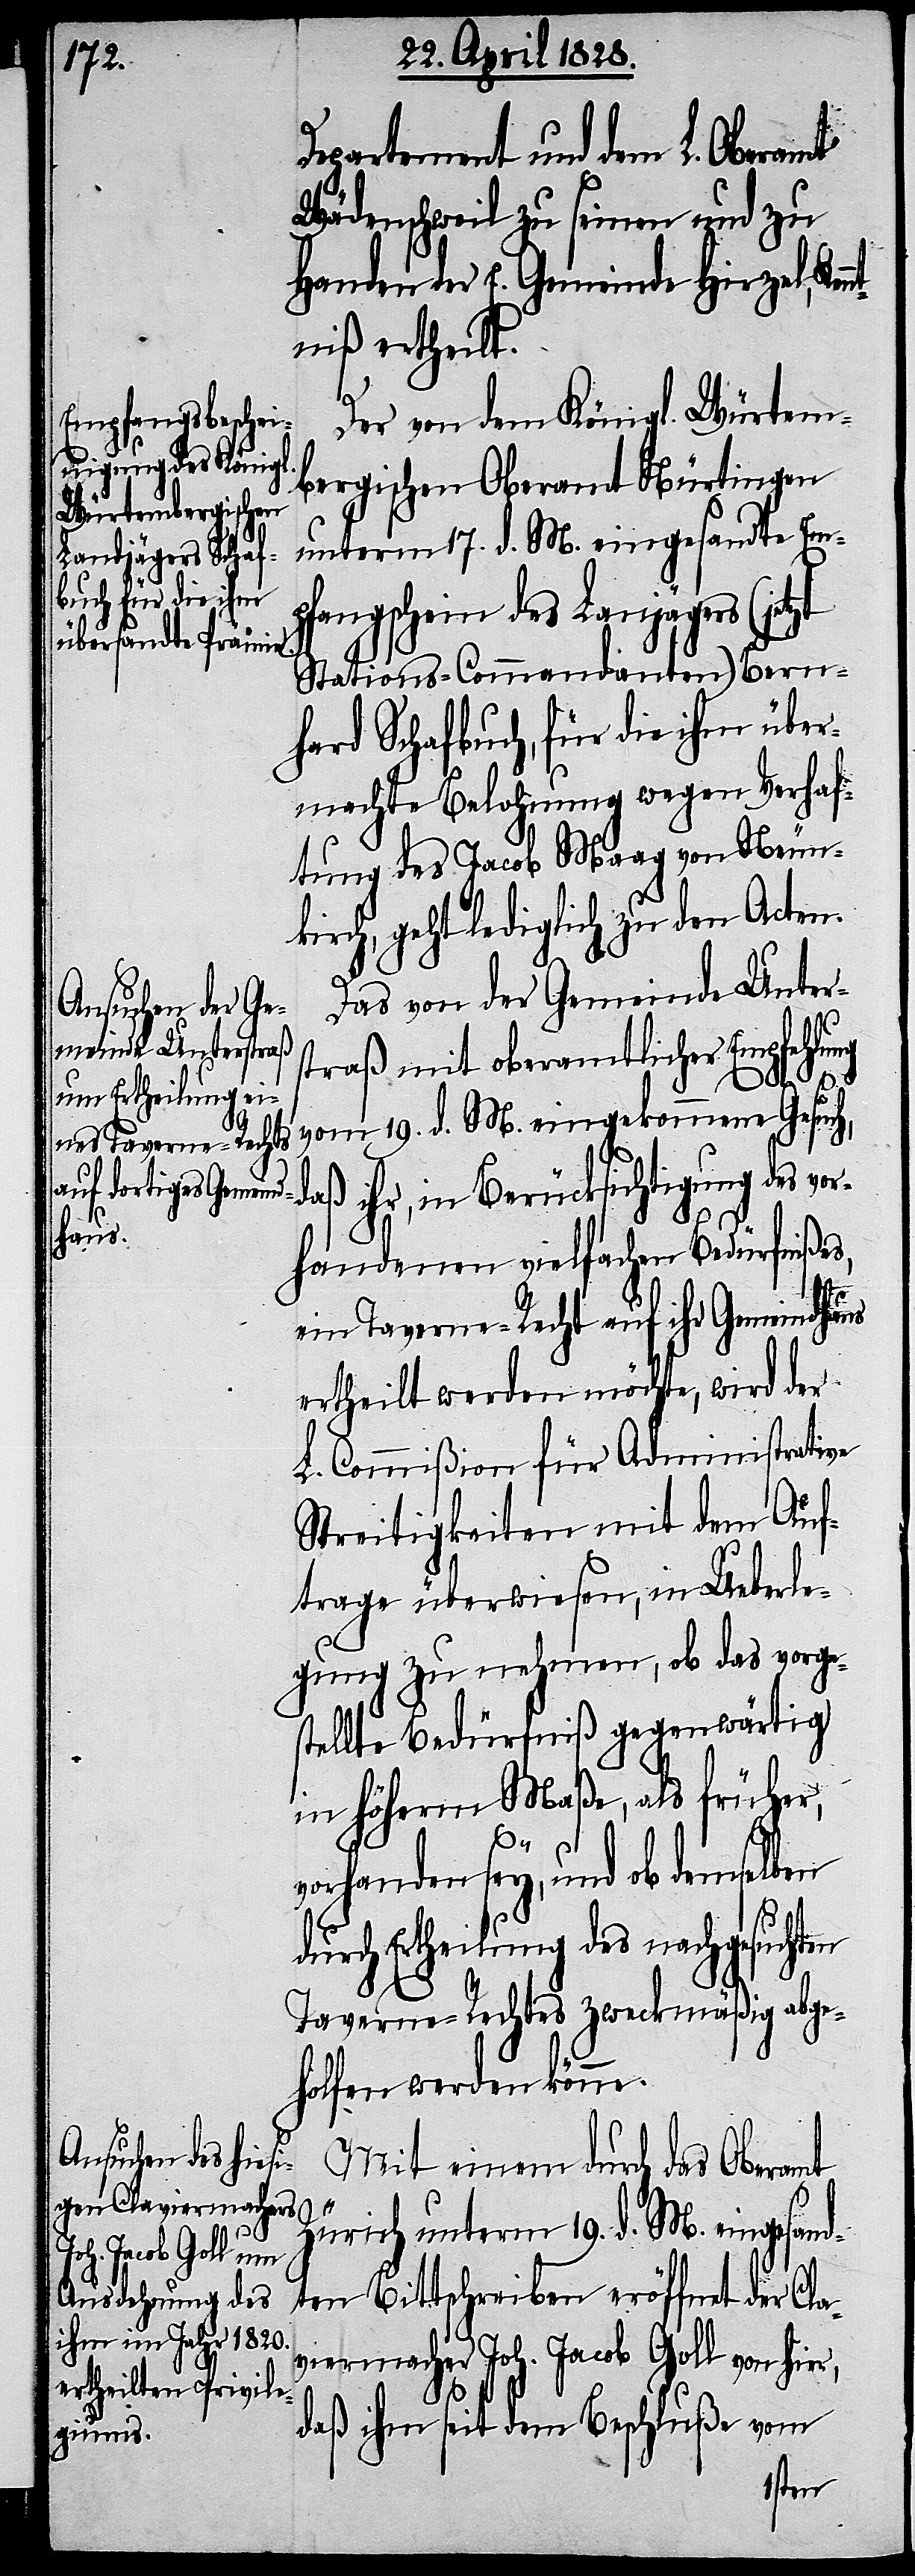
Departement und dem L. Oberamte
Wädenschweil zu seinen und zu
Handen der E. Gemeinde Hirzel, Ken¬
niß ertheilt.
Der von dem Königl. Würtem¬
bergischen Oberamt Nürtingen
unterm 17. d. M. eingesandte Em¬
pfangschein des Lan[d]jägers
Stations-Commandanten) Bern¬
hard Schafbuch, für die ihm über¬
machte Belohnung wegen Verhaf¬
tung des Jacob Maag von Neun¬
kirch, geht lediglich zu den Acten.
Das von der Gemeinde Unter¬
straß mit oberamtlicher Empfehlung
vom 19. d. M. eingekommene Gesuch,
daß ihr, in Berücksichtigung des v¬
handenen vielfachen Bedürfniße,
nt¬
ein Taverne-Recht auf ihr Gemeindhaus
ertheilt werden möchte, wird der
L. Commißion für Administrative
Streitigkeiten mit dem Auf¬
trage überwiesen, in Ueberle¬
gung zu nehmen, ob das vorge¬
stellte Bedürfniß gegenwärtig
in höherm Maße, als früher,
ier,
vorhanden sey, und ob demselben
durch Ertheilung des nachgesuchten
Taverne-Rechtes zweckmäßig abge¬
holfen werden könne.
Mit einem durch das Oberamt
Zürich unterm 19. d. M. eingesan¬
dten Bittschreiben eröffnet der Cla¬
viermacher Joh. Jacob Goll von h¬
daß ihm seit dem Beschluße vom